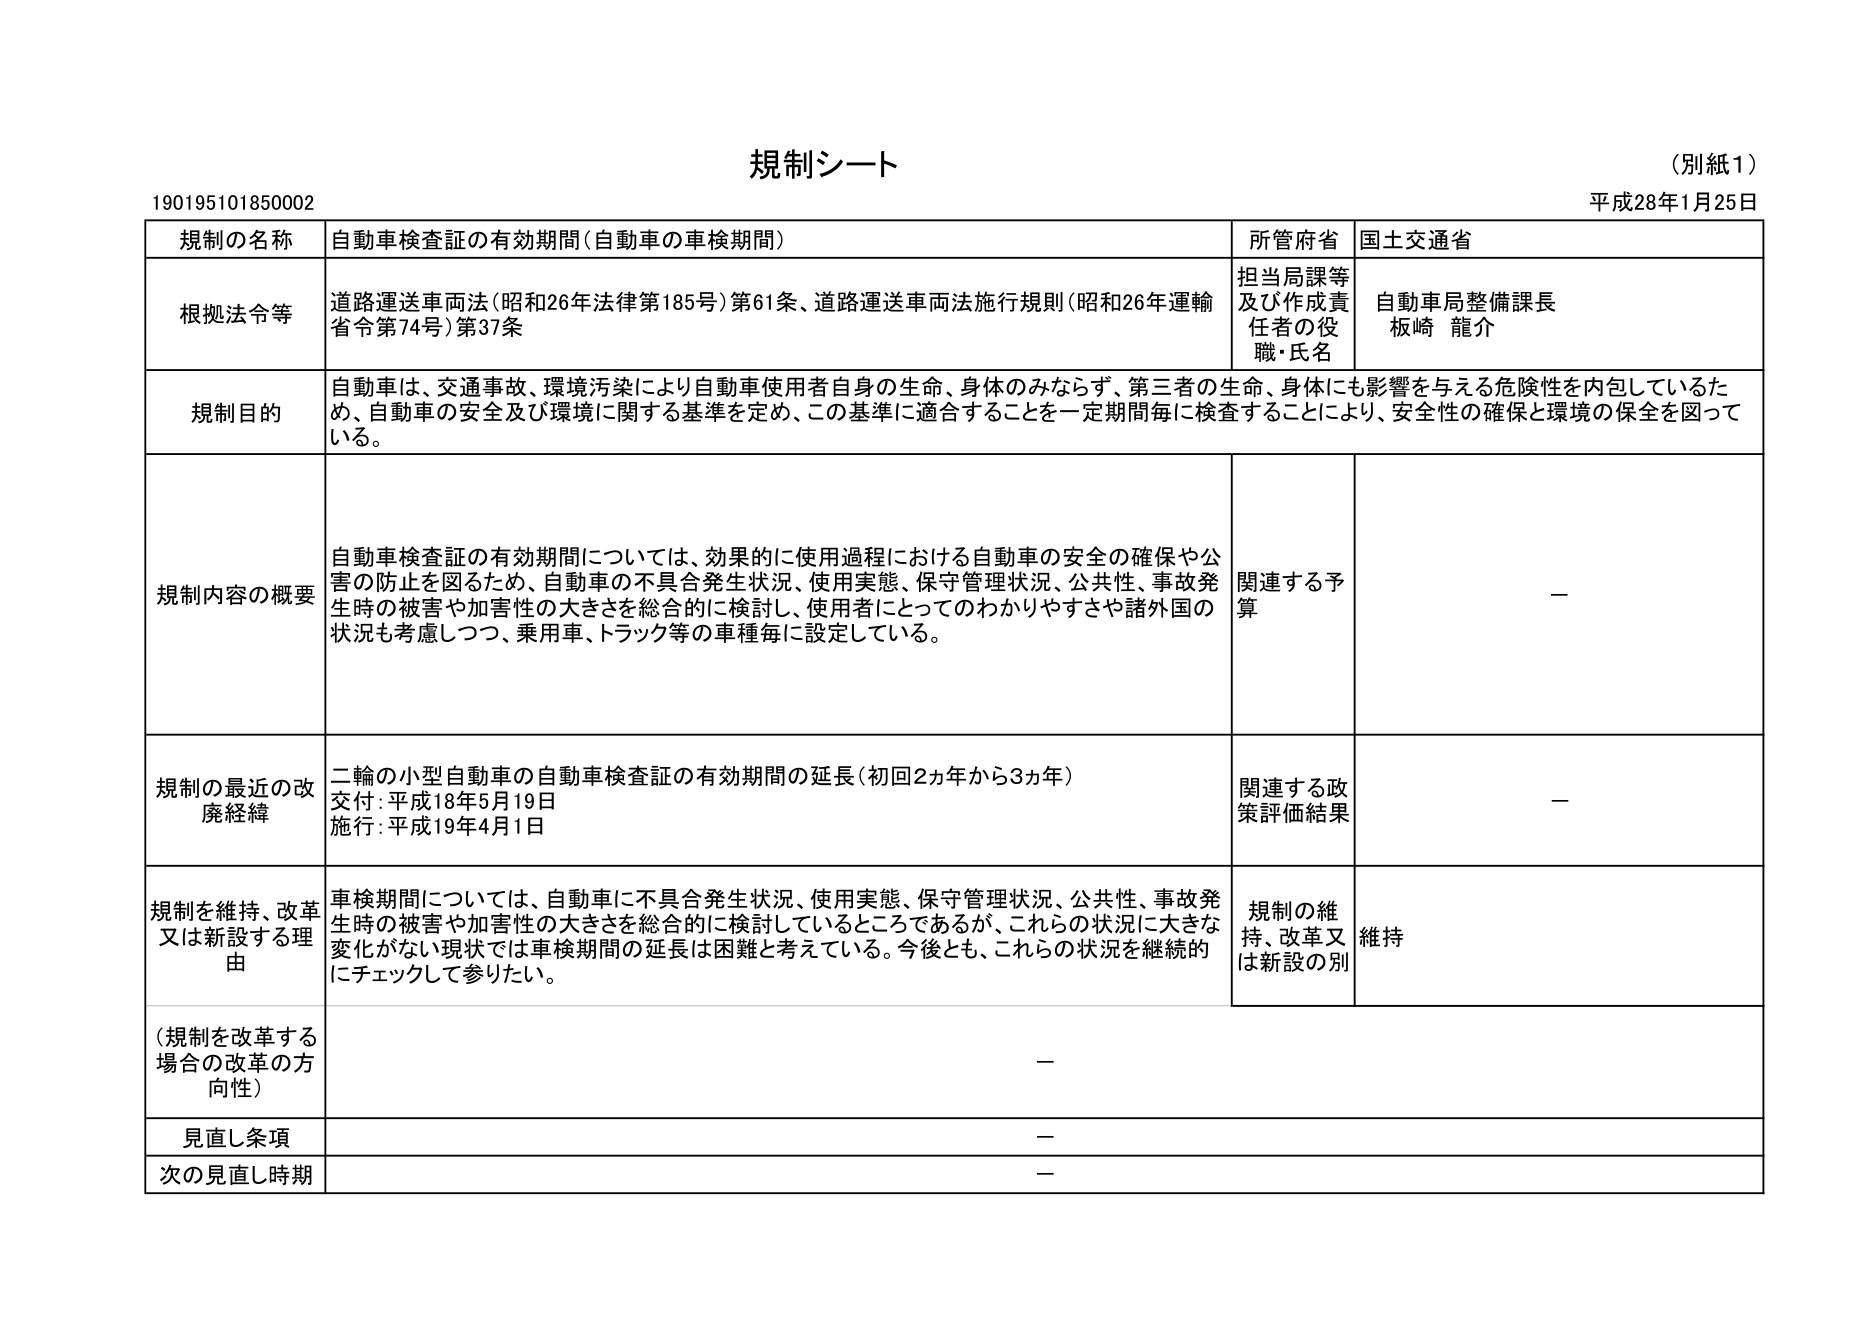
規制シート
（別紙1）
平成28年1月25日
190195101850002

規制の名称　自動車検査証の有効期間（自動車の車検期間）
所管府省　国土交通省

根拠法令等　道路運送車両法（昭和26年法律第185号）第61条、道路運送車両法施行規則（昭和26年運輸省令第74号）第37条
担当局課等及び作成責任者の役職・氏名　自動車局整備課長 板崎 龍介

規制目的　自動車は、交通事故、環境汚染により自動車使用者自身の生命、身体のみならず、第三者の生命、身体にも影響を与える危険性を内包しているため、自動車の安全及び環境に関する基準を定め、この基準に適合することを一定期間毎に検査することにより、安全性の確保と環境の保全を図っている。

規制内容の概要　自動車検査証の有効期間については、効果的に使用過程における自動車の安全の確保や公害の防止を図るため、自動車の不具合発生状況、使用実態、保守管理状況、公共性、事故発生時の被害や加害性の大きさを総合的に検討し、使用者にとってのわかりやすさや諸外国の状況も考慮しつつ、乗用車、トラック等の車種毎に設定している。
関連する予算　－

規制の最近の改廃経緯　二輪の小型自動車の自動車検査証の有効期間の延長（初回2ヵ年から3ヵ年）
交付：平成18年5月19日
施行：平成19年4月1日
関連する政策評価結果　－

規制を維持、改革又は新設する理由　車検期間については、自動車に不具合発生状況、使用実態、保守管理状況、公共性、事故発生時の被害や加害性の大きさを総合的に検討しているところであるが、これらの状況に大きな変化がない現状では車検期間の延長は困難と考えている。今後とも、これらの状況を継続的にチェックして参りたい。
規制の維持、改革又は新設の別　維持

（規制を改革する場合の改革の方向性）　－

見直し条項　－

次の見直し時期　－